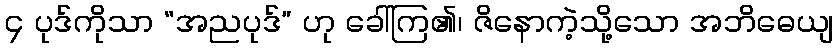
၄ ပုဒ်ကိုသာ “အညပုဒ်” ဟု ခေါ်ကြ၏၊ ဇိနောကဲ့သို့သော အဘိဓေယျ